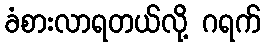
ခံစားလာရတယ်လို့ ဂရက်